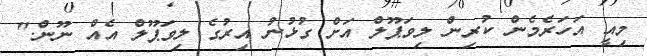
މިއީ އަހަރެމެން ކުރިން ލިވަޕޫލް އަށް ގުޅުނު އިރުގެ ލިވަޕޫލް އެއް ނޫން."